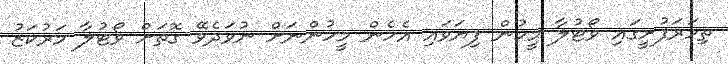
ތިމަރަފުށީގައި ވޯޓުލާ މީހުން ފިޔަވައި އެހެން މީހުންނަށް ނުވަދެވޭ ގޮތަށް ވޯޓުލާ މަރުކަޒު